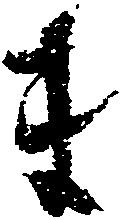
ま